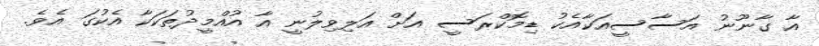
އާ ގާނޫނު އަސާސީއަކާއެކު ޑިމޮކްރަސީ އަށް އަލިވިލުނީ އާ އުއްމީދުތަކަކާ އެކުގަ އެވެ.